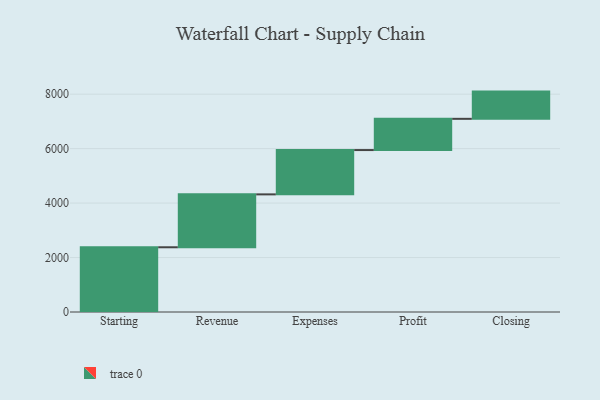
{"axis": {"x": "Step", "y": "Value"}, "legend": [""], "data": [{"x": "Starting", "y": 2377.0, "type": ""}, {"x": "Revenue", "y": 1943.0, "type": ""}, {"x": "Expenses", "y": 1627.0, "type": ""}, {"x": "Profit", "y": 1147.0, "type": ""}, {"x": "Closing", "y": 1000, "type": ""}]}